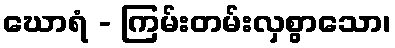
ဃောရံ - ကြမ်းတမ်းလှစွာသော၊